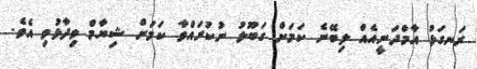
ރަނގަޅު އާމްދަނީއެއް ލިބޭނެ ކަމަށް ގަބޫލު ނުކުރައްވާ ކަމަށް ޝިޔާމް ވިދާޅުވި އެވެ.